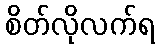
စိတ်လိုလက်ရ